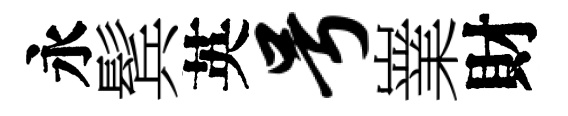
永鬂英号嶪財